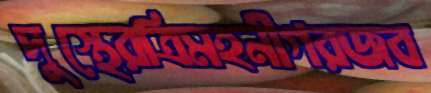
দুস্থেরত্রিমহনীগরজব